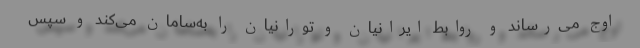
اوج می‌رساند و روابط ایرانیان و تورانیان را به‌سامان می‌کند و سپس